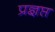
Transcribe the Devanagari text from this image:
प्रज्ञप्त